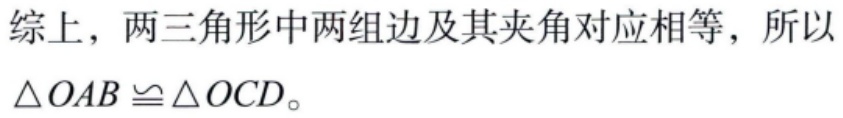
综上，两三角形中两组边及其夹角对应相等，所以$\triangle OAB \cong \triangle OCD$。